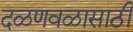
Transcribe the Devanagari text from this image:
दळणवळासाठी